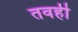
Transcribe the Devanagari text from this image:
तवही